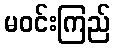
မဝင်းကြည်